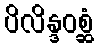
ပိလိန္ဒဝစ္ဆံ